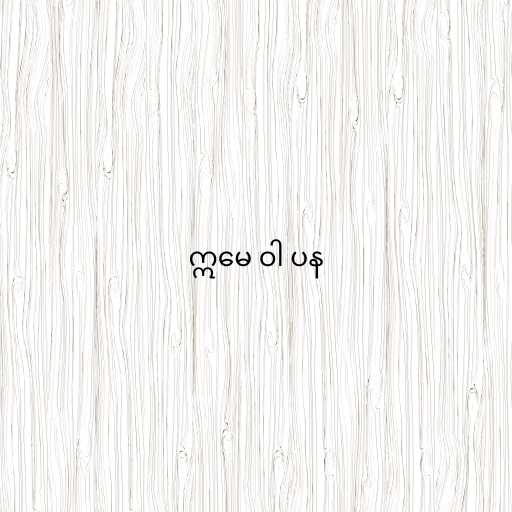
ဣမေ ဝါ ပန